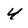
Character: 4